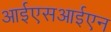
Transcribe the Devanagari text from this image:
आईएसआईएन